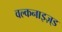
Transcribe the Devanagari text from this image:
वल्कनाइज़्ड